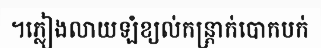
។ភ្លៀងលាយឡំខ្យល់កន្ត្រាក់បោកបក់